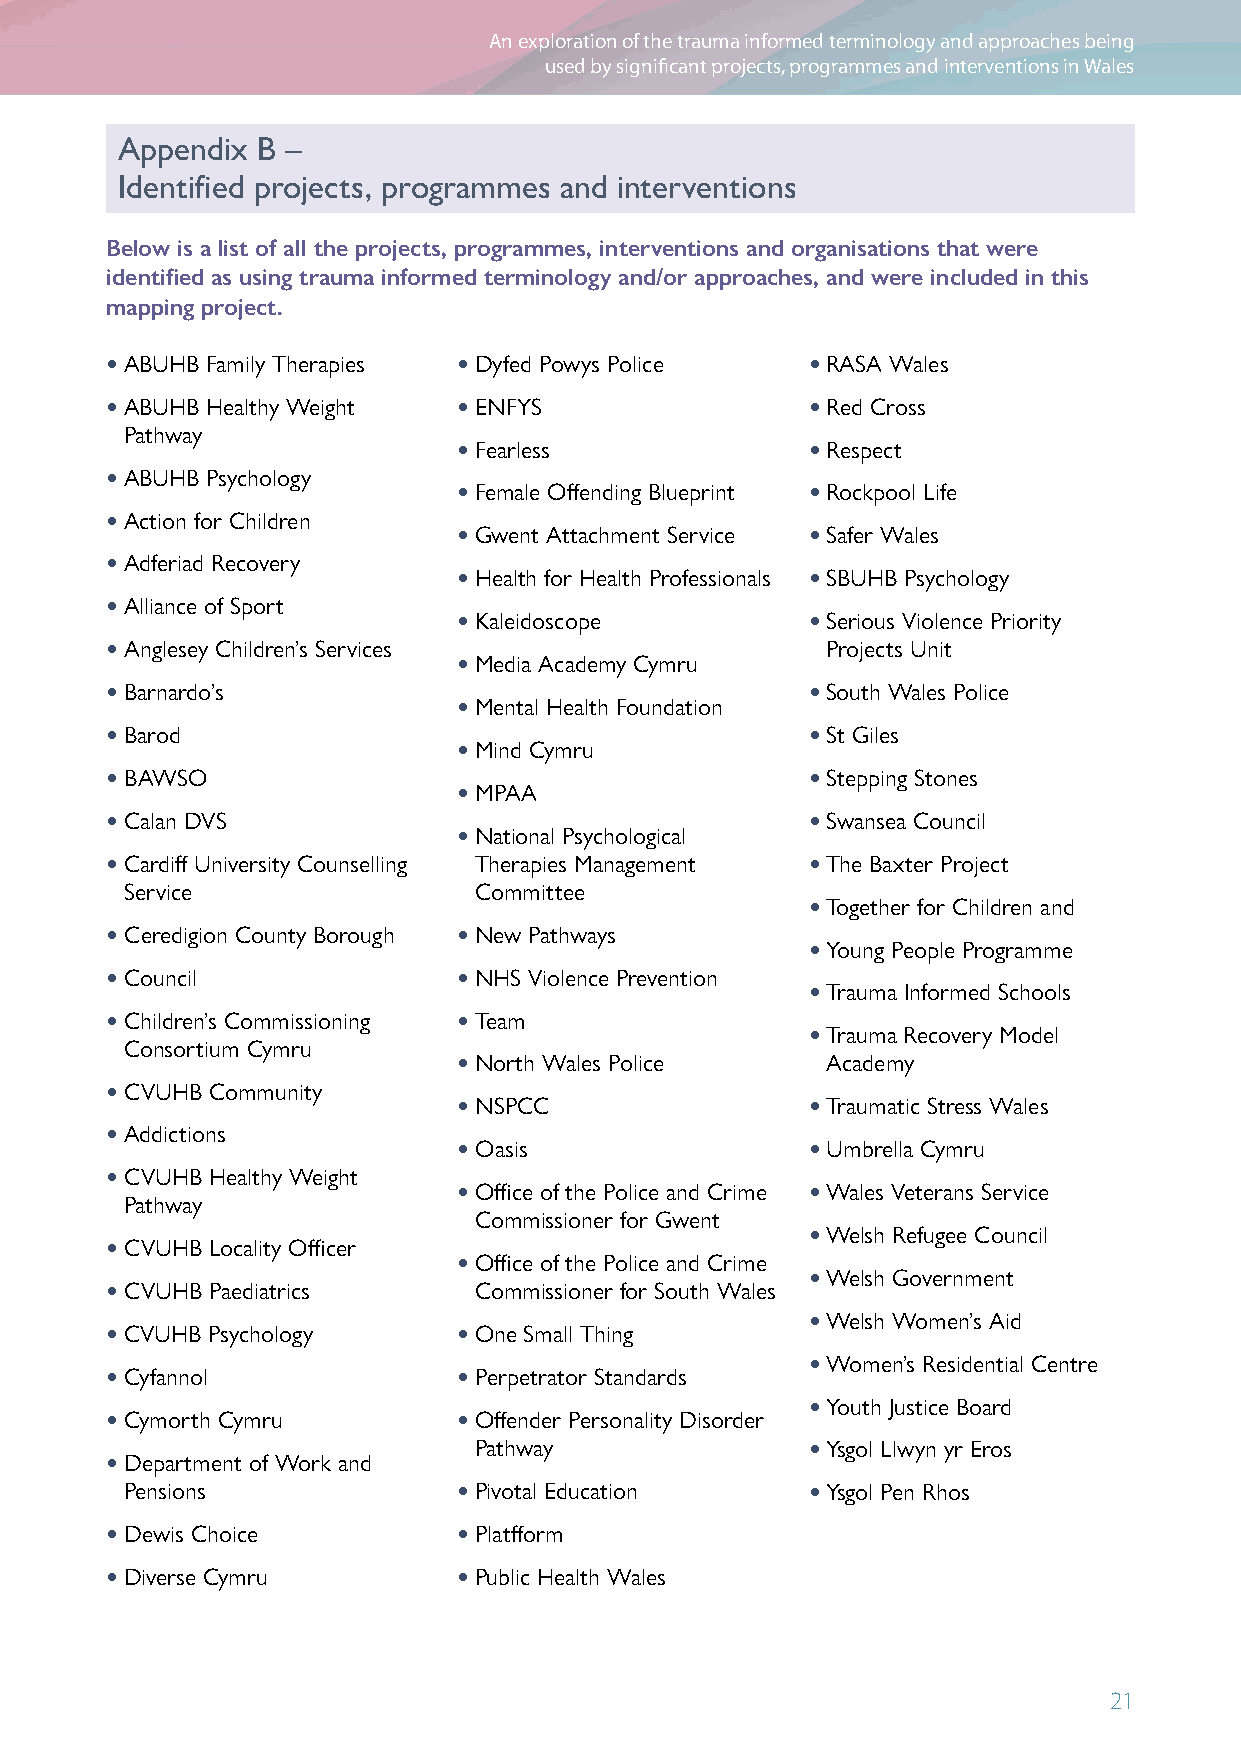
An exploration of the trauma informed terminology and approaches being
 used by significant projects, programmes and interventions in Wales
 Appendix B –
 Identified projects, programmes and interventions
 Below is a list of all the projects, programmes, interventions and organisations that were
 identified as using trauma informed terminology and/or approaches, and were included in this
 mapping project.
 • ABUHB Family Therapies • Dyfed Powys Police • RASA Wales
 • ABUHB Healthy Weight • ENFYS                • Red Cross
 Pathway
 • Fearless             • Respect
 • ABUHB Psychology
 • Female Offending Blueprint • Rockpool Life
 • Action for Children
 • Gwent Attachment Service • Safer Wales
 • Adferiad Recovery
 • Health for Health Professionals • SBUHB Psychology
 • Alliance of Sport
 • Kaleidoscope         • Serious Violence Priority
 • Anglesey Children’s Services                  Projects Unit
 • Media Academy Cymru
 • Barnardo’s                                  • South Wales Police
 • Mental Health Foundation
 • Barod                                       • St Giles
 • Mind Cymru
 • BAWSO                                       • Stepping Stones
 • MPAA
 • Calan DVS                                   • Swansea Council
 • National Psychological
 • Cardiff University Counselling Therapies Management • The Baxter Project
 Service                Committee
 • Together for Children and
 • Ceredigion County Borough • New Pathways
 • Young People Programme
 • Council              • NHS Violence Prevention
 • Trauma Informed Schools
 • Children’s Commissioning • Team
 • Trauma Recovery Model
 Consortium Cymru
 • North Wales Police     Academy
 • CVUHB Community
 • NSPCC                • Traumatic Stress Wales
 • Addictions
 • Oasis                • Umbrella Cymru
 • CVUHB Healthy Weight
 • Office of the Police and Crime • Wales Veterans Service
 Pathway
 Commissioner for Gwent
 • Welsh Refugee Council
 • CVUHB Locality Officer
 • Office of the Police and Crime
 • Welsh Government
 • CVUHB Paediatrics     Commissioner for South Wales
 • Welsh Women’s Aid
 • CVUHB Psychology     • One Small Thing
 • Women’s Residential Centre
 • Cyfannol             • Perpetrator Standards
 • Youth Justice Board
 • Cymorth Cymru        • Offender Personality Disorder
 Pathway               • Ysgol Llwyn yr Eros
 • Department of Work and
 Pensions              • Pivotal Education    • Ysgol Pen Rhos
 • Dewis Choice         • Platfform
 • Diverse Cymru        • Public Health Wales
 21